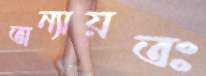
অন্যায়তঃ